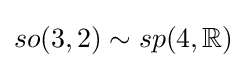
{\textstyle so(3,2)\sim sp(4,\mathbb {R} )}